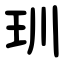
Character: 玔